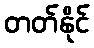
တတ်နိုင်